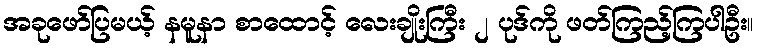
အခုဖော်ပြမယ့် နမူနာ စာထောင့် လေးချိုးကြီး ၂ ပုဒ်ကို ဖတ်ကြည့်ကြပါဦး။